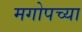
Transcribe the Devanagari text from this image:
मगोपच्या